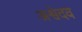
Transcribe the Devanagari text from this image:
अश्वेदव